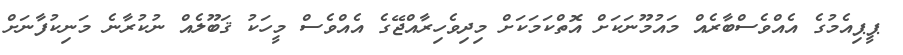
ޕީޕިއެމުގެ އެއްވެސްބާރެއް މައުމޫނަކަށް އޮތްކަމަކަށް މިދިވެހިރާއްޖޭގެ އެއްވެސް މީހަކު ޤަބޫލެއް ނުކުރާނެ މަނިކުފާނަށް